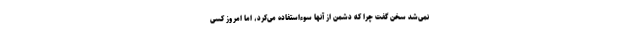
نمی‌شد سخن گفت چرا که دشمن از آنها سوءاستفاده می‌کرد، اما امروز کسی